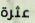
عثرة